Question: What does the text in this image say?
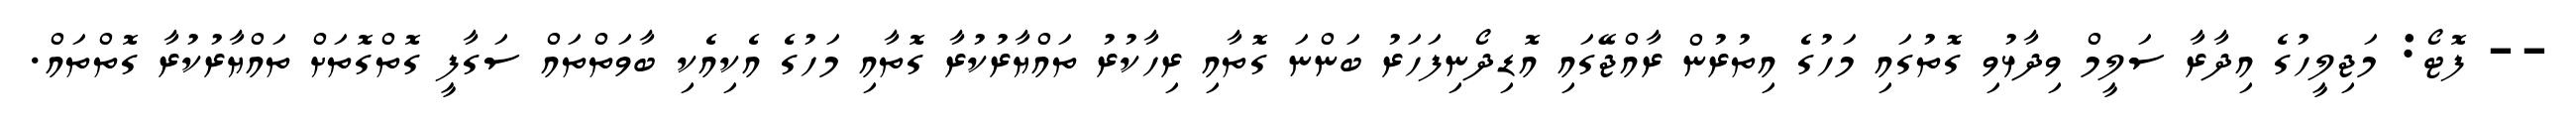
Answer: -- ފޮޓޯ: މަޖިލީހުގެ އިދާރާ ސަލީމް ވިދާޅުވި ގޮތުގައި މަހުގެ އިތުރުން ރާއްޖޭގައި އޮޑިދޯނިފަހަރު ބަންނަ ގޮތާއި ރިހާކުރު ތައްޔާރުކުރާ ގޮތާއި މަހުގެ އެކިއެކި ބާވަތްތައް ސަގާފީ ގޮތްގޮތަށް ތައްޔާރުކުރާ ގޮތްތައް.